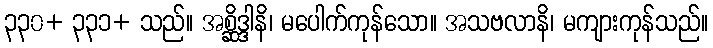
၃၃၀+ ၃၃၁+ သည်။ အစ္ဆိဒ္ဒါနိ၊ မပေါက်ကုန်သော။ အသဗလာနိ၊ မကျားကုန်သည်။